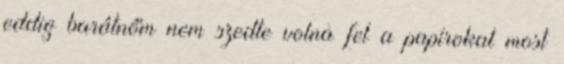
eddig barátnőm nem szedte volna fel a papírokat most